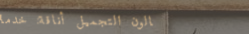
صالون التجميل أناقة: خدما